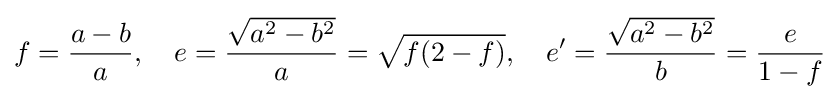
f={\frac {a-b}{a}},\quad e={\frac {\sqrt {a^{2}-b^{2}}}{a}}={\sqrt {f(2-f)}},\quad e'={\frac {\sqrt {a^{2}-b^{2}}}{b}}={\frac {e}{1-f}}